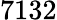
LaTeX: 7132